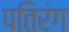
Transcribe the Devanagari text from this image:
पतिरंग